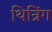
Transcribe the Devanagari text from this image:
थिन्निंग